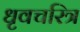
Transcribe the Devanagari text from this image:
धृवचरित्र